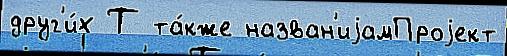
друг'и́х Т та́кже назван'иjамПроjект